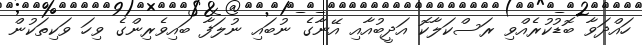
ހައްދަވާ ބޮޑުކުރެއްވި ރަސްކަލާކޮ އަދީބުއާއި އޭނާގެ ނުބައި ނުލަފާ ބައިވެރިންގެ ވިހަ ވަކިތަކުން